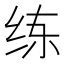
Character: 练